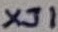
Text: XJ1